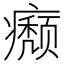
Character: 𤻊